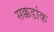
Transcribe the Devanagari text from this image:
सक्कडांक